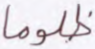
ظلوما